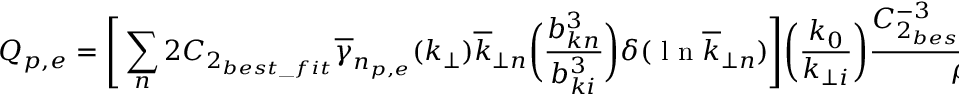
Q _ { p , e } = \Bigg [ \sum _ { n } 2 C _ { 2 _ { b e s t \_ f i t } } \overline { { \gamma } } _ { n _ { p , e } } ( k _ { \perp } ) \overline { { k } } _ { \perp n } \bigg ( \frac { b _ { k n } ^ { 3 } } { b _ { k i } ^ { 3 } } \bigg ) \delta ( \mathrm { ~ l ~ n ~ } \overline { { k } } _ { \perp n } ) \Bigg ] \bigg ( \frac { k _ { 0 } } { k _ { \perp i } } \bigg ) \frac { C _ { 2 _ { b e s t \_ f i t } } ^ { - 3 } v _ { A } ^ { 3 } } { \rho _ { p } } .